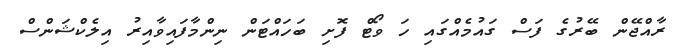
ރާއްޖޭން ބޭރުގެ ފަސް ގައުމެއްގައި ހަ ވޯޓް ފޮށި ބަހައްޓަން ނިންމާފައިވާއިރު އިލެކްޝަންސް